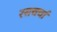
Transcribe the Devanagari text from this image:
रसचर्चा